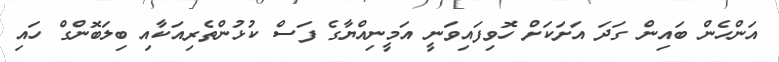
އަންހެން ބައިން ގަދަ އަށަކަށް ހޮވިފައިވަނީ އަމީނިއްޔާގެ ފަސް ކުޅުންތެރިއަކާއި ބިލަބޮންގް ހައި